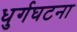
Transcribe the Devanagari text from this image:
धुर्गघटना